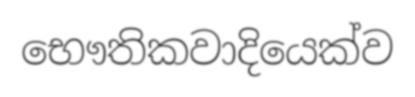
භෞතිකවාදියෙක්ව